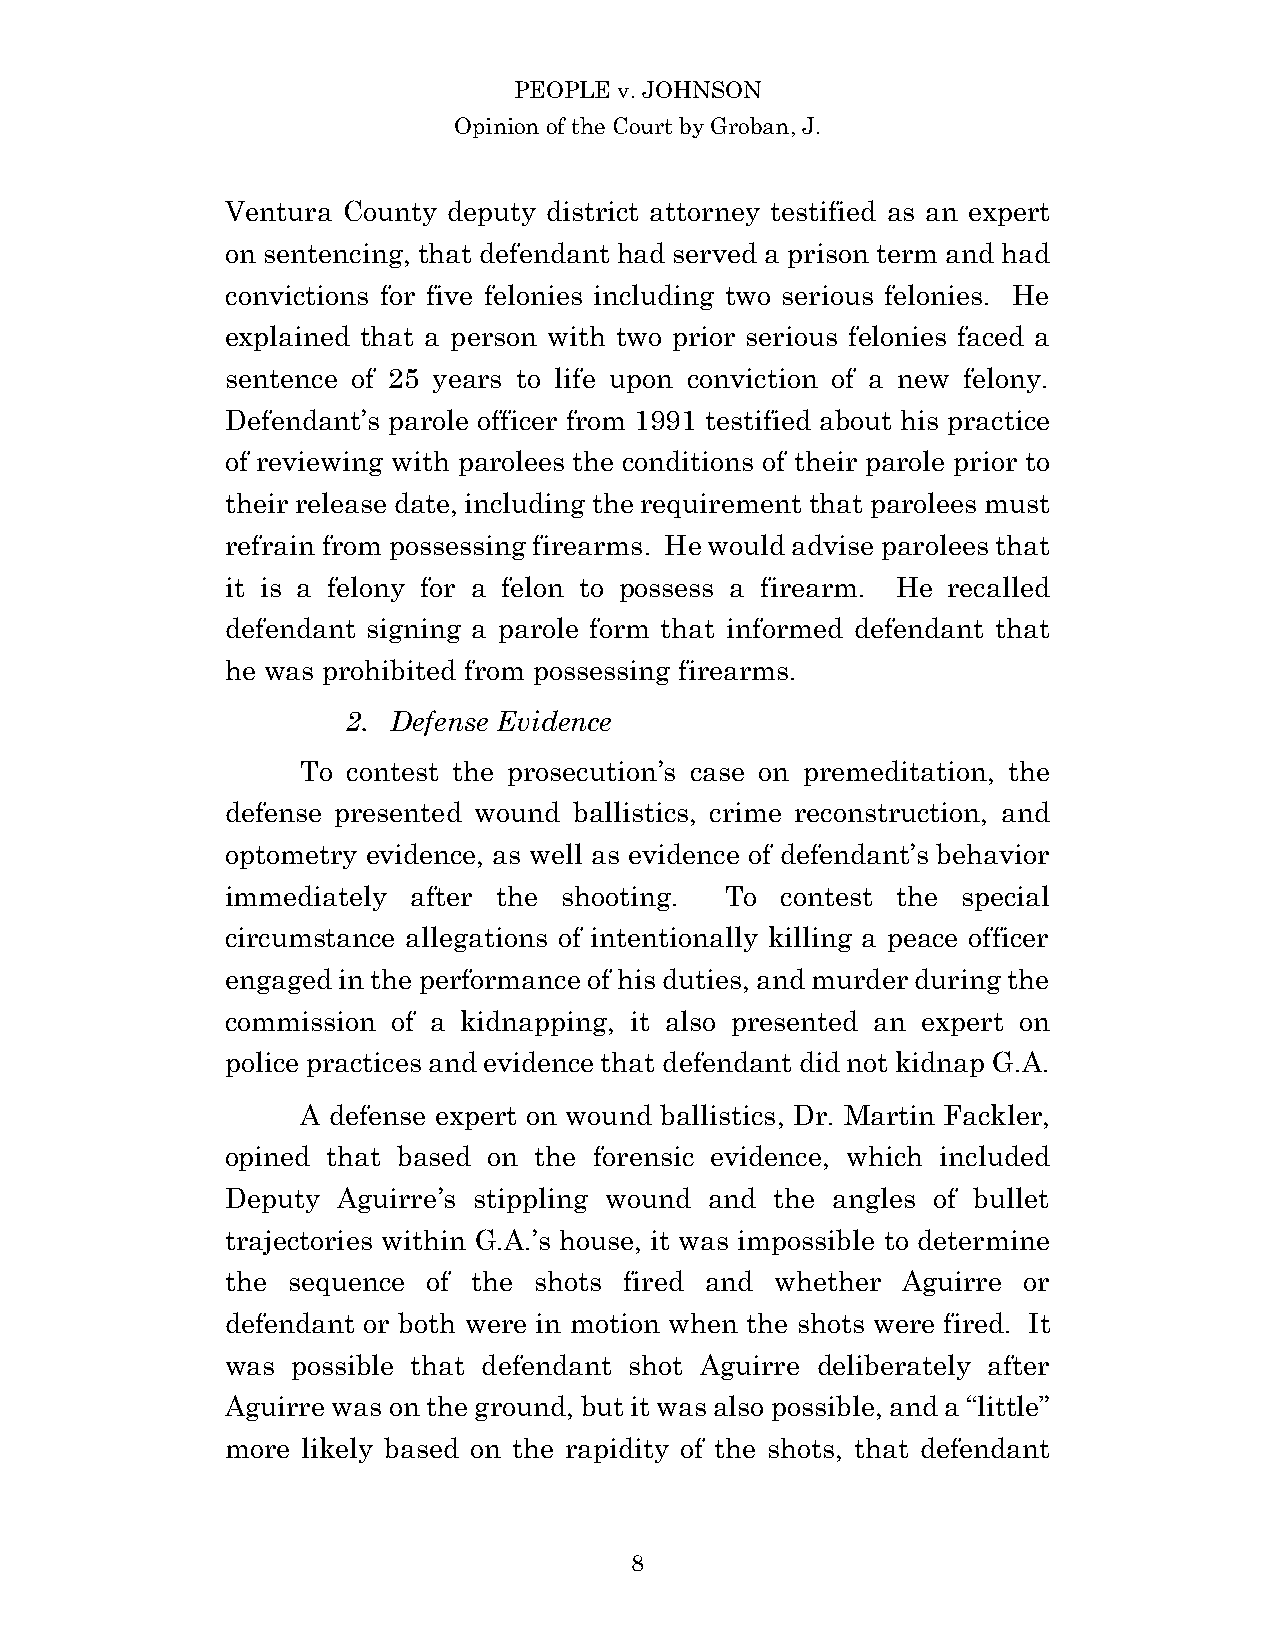
PEOPLE v. JOHNSON
 Opinion of the Court by Groban, J.
 Ventura County deputy district attorney testified as an expert
 on sentencing, that defendant had served a prison term and had
 convictions for five felonies including two serious felonies. He
 explained that a person with two prior serious felonies faced a
 sentence of 25 years to life upon conviction of a new felony.
 Defendant’s parole officer from 1991 testified about his practice
 of reviewing with parolees the conditions of their parole prior to
 their release date, including the requirement that parolees must
 refrain from possessing firearms. He would advise parolees that
 it is a felony for a felon to possess a firearm. He recalled
 defendant signing a parole form that informed defendant that
 he was prohibited from possessing firearms.
 2. Defense Evidence
 To contest the prosecution’s case on premeditation, the
 defense presented wound ballistics, crime reconstruction, and
 optometry evidence, as well as evidence of defendant’s behavior
 immediately after the shooting.  To  contest the special
 circumstance allegations of intentionally killing a peace officer
 engaged in the performance of his duties, and murder during the
 commission of a kidnapping, it also presented an expert on
 police practices and evidence that defendant did not kidnap G.A.
 A defense expert on wound ballistics, Dr. Martin Fackler,
 opined that based on the forensic evidence, which included
 Deputy Aguirre’s stippling wound and the angles of bullet
 trajectories within G.A.’s house, it was impossible to determine
 the sequence of the shots fired and whether  Aguirre or
 defendant or both were in motion when the shots were fired. It
 was possible that defendant shot Aguirre deliberately after
 Aguirre was on the ground, but it was also possible, and a “little”
 more likely based on the rapidity of the shots, that defendant
 8